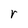
Character: r